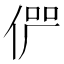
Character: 𠉬